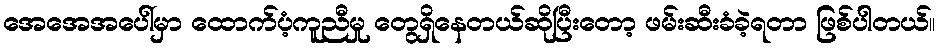
အေအေအပေါ်မှာ ထောက်ပံ့ကူညီမှု တွေရှိနေတယ်ဆိုပြီးတော့ ဖမ်းဆီးခံခဲ့ရတာ ဖြစ်ပါတယ်။